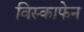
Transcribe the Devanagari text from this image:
विस्काफेन